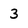
Character: 3